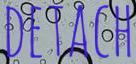
DETACH